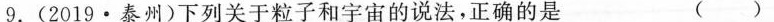
9.（2019·泰州）下列关于粒子和宇宙的说法，正确的是 （）